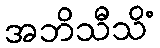
အဘိသီသိံ